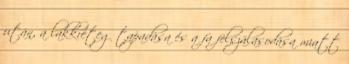
után, a lakkréteg tapadása és a fa felszálasodása miatt